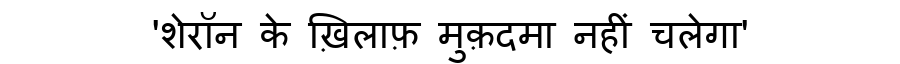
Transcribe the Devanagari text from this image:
'शेरॉन के ख़िलाफ़ मुक़दमा नहीं चलेगा'